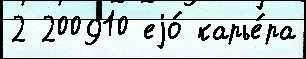
2 200910 еjо́ карье́ра